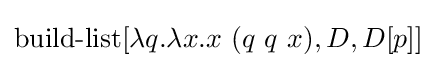
\operatorname {build-list} [\lambda q.\lambda x.x\ (q\ q\ x),D,D[p]]